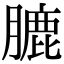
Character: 膔